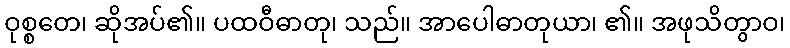
ဝုစ္စတေ၊ ဆိုအပ်၏။ ပထဝီဓာတု၊ သည်။ အာပေါဓာတုယာ၊ ၏။ အဖုသိတွာဝ၊